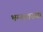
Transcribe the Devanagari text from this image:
भग्‍नावस्‍था